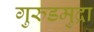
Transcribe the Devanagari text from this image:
गुरुडमुद्रा